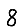
Digit: 8